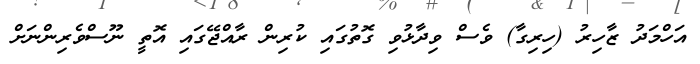
އަހްމަދު ޒާހިރު (ހިރިގާ) ވެސް ވިދާޅުވި ގޮތުގައި ކުރިން ރާއްޖޭގައި އޮތީ ނޫސްވެރިންނަށް